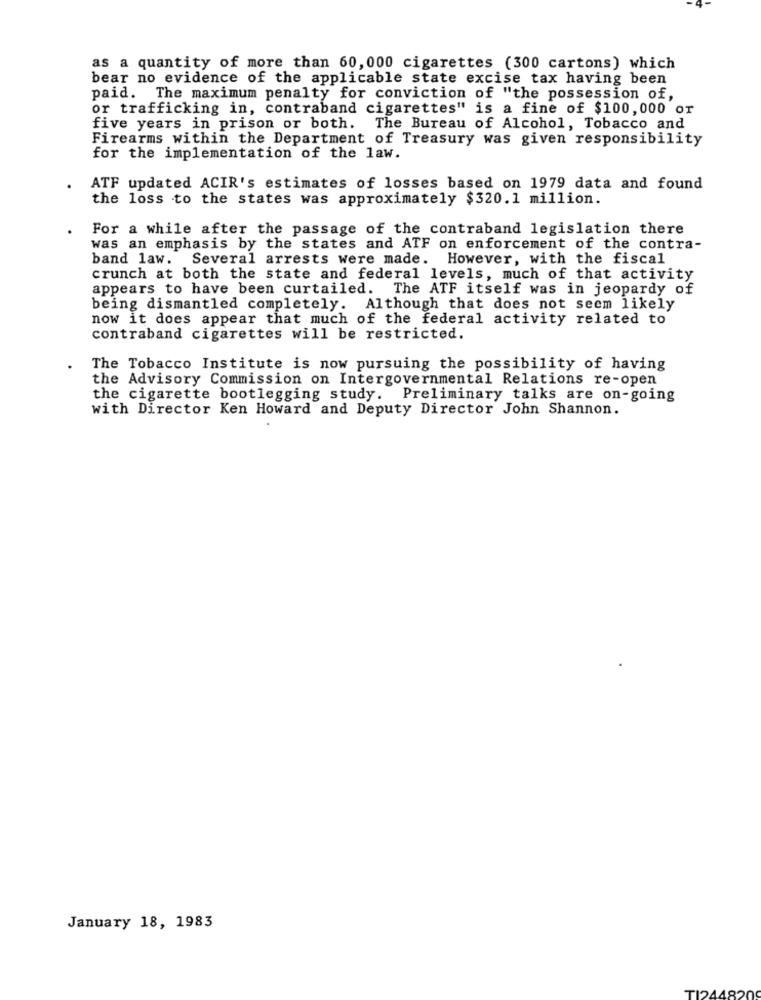
as a quantity of more than 60, 000 cigarettes (300 cartons) which
bear no evidence of the applicable state excise tax having been
paid. The maximum penalty for conviction of "the possession of,
or trafficking in, contraband cigarettes" is a fine of $100,000 or
five years in prison or both. The Bureau of Alcohol, Tobacco and
Firearms within the Department of Treasury was given responsibility
for the implementation of the law.
ATF updated ACIR's estimates of losses based on 1979 data and found
the loss to the states was approximately $320.1 million.
For a while after the passage of the contraband legislation there
was an emphasis by the states and ATF on enforcement of the contra-
band law. Several arrests were made. However, with the fiscal
crunch at both the state and federal levels, much of that activity
appears to have been curtailed. The ATF itself was in jeopardy of
being dismantled completely. Although that does not seem likely
now it does appear that much of the federal activity related to
contraband cigarettes will be restricted.
The Tobacco Institute is now pursuing the possibility of having
the Advisory Commission on Intergovernmental Relations re-open
the cigarette bootlegging study. Preliminary talks are on-going
with Director Ken Howard and Deputy Director John Shannon.
January 18, 1983
TI2448209